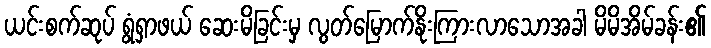
ယင်းစက်ဆုပ် ရွံရှာဖယ် ဆေးမိခြင်းမှ လွတ်မြောက်နိုးကြားလာသောအခါ မိမိအိမ်ခန်း၏